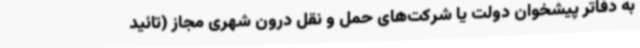
به دفاتر پیشخوان دولت یا شرکت‌های حمل و نقل درون شهری مجاز (تائید